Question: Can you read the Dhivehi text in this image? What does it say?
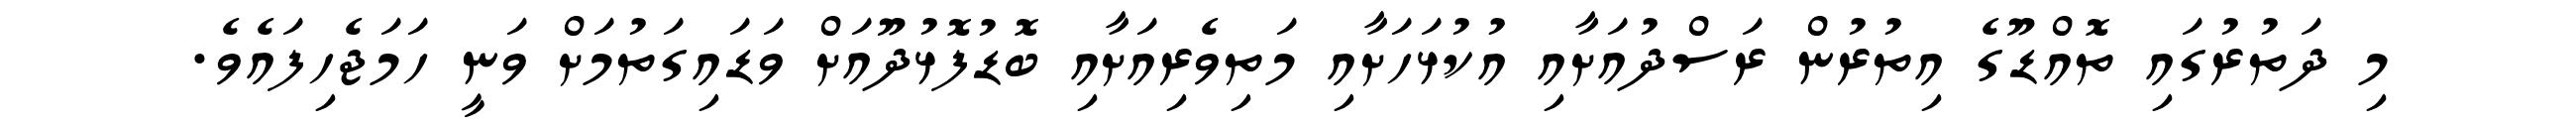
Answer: މި ދަތުރުގައި ތޮއްޑޫގެ އިތުރުން ރަސްދުއަށާއި އުކުޅަހަށާއި މަތިވެރިއަށާއި ބޮޑުފޮޅުދޫއަށް ވަޑައިގަތުމަށް ވަނީ ހަމަޖެހިފައެވެ.